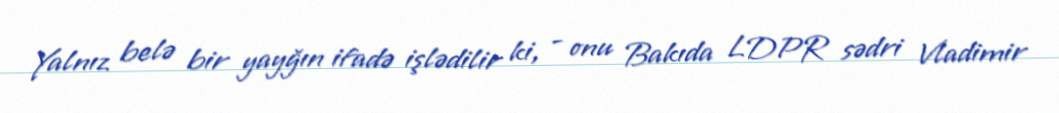
Yalnız belə bir yayğın ifadə işlədilir ki, - onu Bakıda LDPR sədri Vladimir